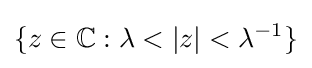
\{z\in \mathbb {C} :\lambda <|z|<\lambda ^{-1}\}